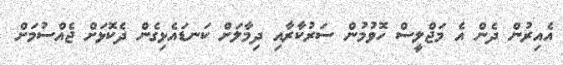
އެއިރުން ދެން އެ މަޖްލީސް ހޮވުމުން ސަރުކާރާއި ދިމާލަށް ކަނޑައެޅިގެން ދެކޮޅަށް ޖެއްސުމަށް